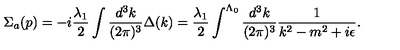
\Sigma _ { a } ( p ) = - i \frac { \lambda _ { 1 } } { 2 } \int \frac { d ^ { 3 } k } { ( 2 \pi ) ^ { 3 } } \Delta ( k ) = \frac { \lambda _ { 1 } } { 2 } \int ^ { \Lambda _ { 0 } } \frac { d ^ { 3 } k } { ( 2 \pi ) ^ { 3 } } \frac { 1 } { k ^ { 2 } - m ^ { 2 } + i \epsilon } .